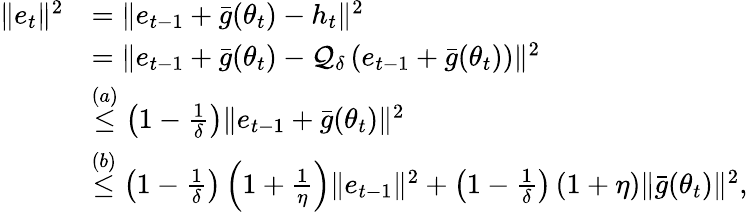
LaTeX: \begin{array}{rl}{\Vert e_{t}\Vert^{2}}&{=\Vert e_{t-1}+\bar{g}(\theta_{t})-h_{t}\Vert^{2}}\\ &{=\Vert e_{t-1}+\bar{g}(\theta_{t})-\mathcal{Q}_{\delta}\left(e_{t-1}+\bar{g}(\theta_{t})\right)\Vert^{2}}\\ &{\overset{(a)}\leq\left(1-\frac{1}{\delta}\right)\Vert e_{t-1}+\bar{g}(\theta_{t})\Vert^{2}}\\ &{\overset{(b)}\leq\left(1-\frac{1}{\delta}\right)\left(1+\frac{1}{\eta}\right)\Vert e_{t-1}\Vert^{2}+\left(1-\frac{1}{\delta}\right)\left(1+\eta\right)\Vert\bar{g}(\theta_{t})\Vert^{2},}\end{array}